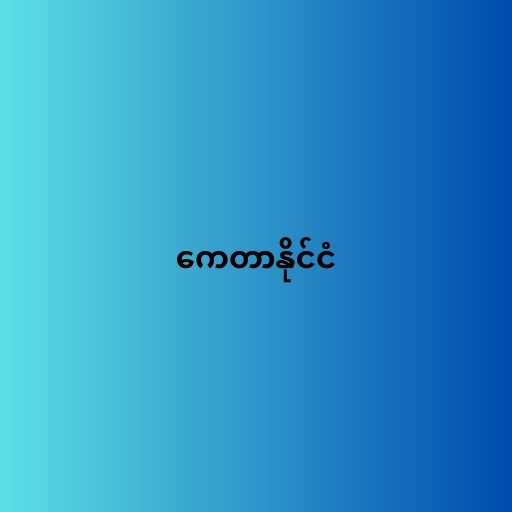
ကေတာနိုင်ငံ